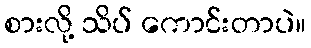
စားလို့ သိပ် ကောင်းတာပဲ။